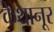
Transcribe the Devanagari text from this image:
केथानूर